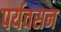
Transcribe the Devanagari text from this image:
पर्यवसन